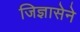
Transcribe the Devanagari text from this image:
जिज्ञासेने